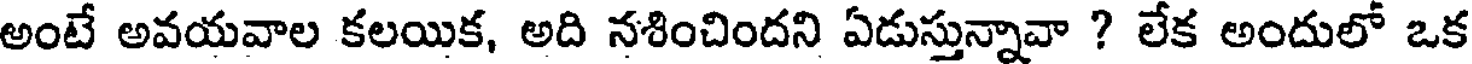
అంటే అవయవాల కలయిక, అది నశించిందని ఏడుస్తున్నావా ? లేక అందులో ఒక